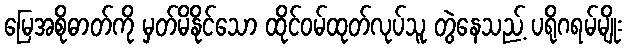
မြေအစိုဓာတ်ကို မှတ်မိနိုင်သော ထိုင်ဝမ်ထုတ်လုပ်သူ တွဲနေသည့် ပရိုဂရမ်မျိုး